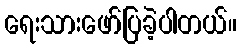
ရေးသားဖော်ပြခဲ့ပါတယ်။